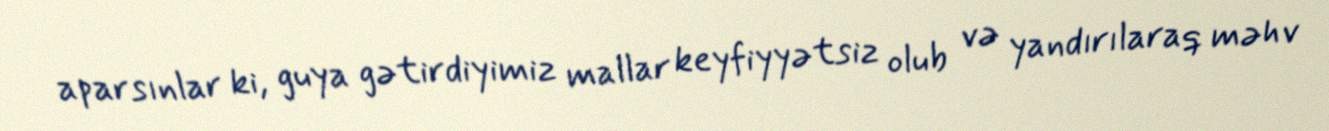
aparsınlar ki, guya gətirdiyimiz mallar keyfiyyətsiz olub və yandırılaraq məhv